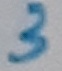
Text: 3